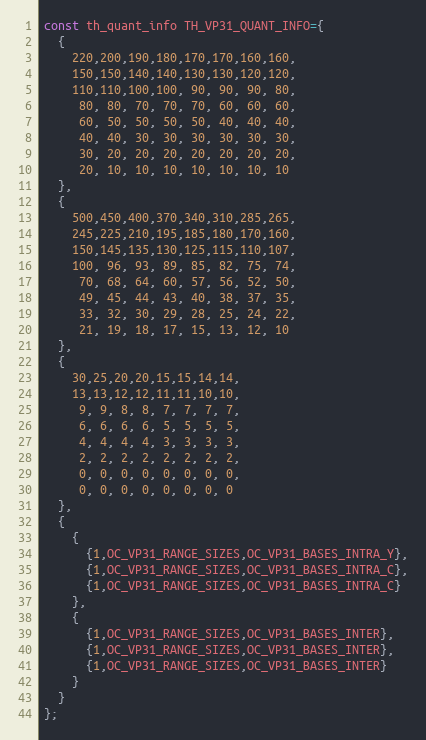
Language: C
const th_quant_info TH_VP31_QUANT_INFO={
  {
    220,200,190,180,170,170,160,160,
    150,150,140,140,130,130,120,120,
    110,110,100,100, 90, 90, 90, 80,
     80, 80, 70, 70, 70, 60, 60, 60,
     60, 50, 50, 50, 50, 40, 40, 40,
     40, 40, 30, 30, 30, 30, 30, 30,
     30, 20, 20, 20, 20, 20, 20, 20,
     20, 10, 10, 10, 10, 10, 10, 10
  },
  {
    500,450,400,370,340,310,285,265,
    245,225,210,195,185,180,170,160,
    150,145,135,130,125,115,110,107,
    100, 96, 93, 89, 85, 82, 75, 74,
     70, 68, 64, 60, 57, 56, 52, 50,
     49, 45, 44, 43, 40, 38, 37, 35,
     33, 32, 30, 29, 28, 25, 24, 22,
     21, 19, 18, 17, 15, 13, 12, 10
  },
  {
    30,25,20,20,15,15,14,14,
    13,13,12,12,11,11,10,10,
     9, 9, 8, 8, 7, 7, 7, 7,
     6, 6, 6, 6, 5, 5, 5, 5,
     4, 4, 4, 4, 3, 3, 3, 3,
     2, 2, 2, 2, 2, 2, 2, 2,
     0, 0, 0, 0, 0, 0, 0, 0,
     0, 0, 0, 0, 0, 0, 0, 0
  },
  {
    {
      {1,OC_VP31_RANGE_SIZES,OC_VP31_BASES_INTRA_Y},
      {1,OC_VP31_RANGE_SIZES,OC_VP31_BASES_INTRA_C},
      {1,OC_VP31_RANGE_SIZES,OC_VP31_BASES_INTRA_C}
    },
    {
      {1,OC_VP31_RANGE_SIZES,OC_VP31_BASES_INTER},
      {1,OC_VP31_RANGE_SIZES,OC_VP31_BASES_INTER},
      {1,OC_VP31_RANGE_SIZES,OC_VP31_BASES_INTER}
    }
  }
};